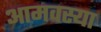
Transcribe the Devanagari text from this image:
आमवस्या